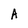
Character: A